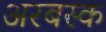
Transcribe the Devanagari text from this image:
अरबस्क